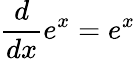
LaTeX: {\frac{d}{dx}}e^{x}=e^{x}